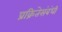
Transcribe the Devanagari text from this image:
प्रक्रितेसंबंधी